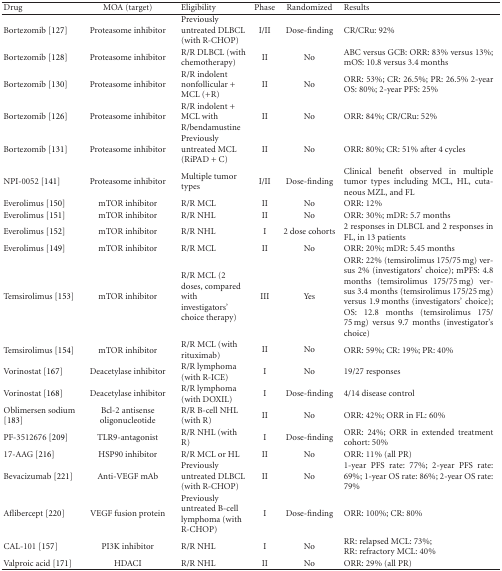
<table><thead><tr><td><b>Drug</b></td><td><b>MOA (target)</b></td><td><b>Eligibility</b></td><td><b>Phase</b></td><td><b>Randomized</b></td><td><b>Results</b></td></tr></thead><tbody><tr><td>Bortezomib [127]</td><td>Proteasome inhibitor</td><td>Previously untreated DLBCL (with R-CHOP)</td><td>I/II</td><td>Dose-finding</td><td>CR/CRu: 92%</td></tr><tr><td>Bortezomib [128]</td><td>Proteasome inhibitor</td><td>R/R DLBCL (with chemotherapy)</td><td>II</td><td>No</td><td>ABC versus GCB: ORR: 83% versus 13%; mOS: 10.8 versus 3.4 months</td></tr><tr><td>Bortezomib [130]</td><td>Proteasome inhibitor</td><td>R/R indolent nonfollicular + MCL (+R)</td><td>II</td><td>No</td><td>ORR: 53%; CR: 26.5%; PR: 26.5% 2-year OS: 80%; 2-year PFS: 25%</td></tr><tr><td>Bortezomib [126]</td><td>Proteasome inhibitor</td><td>R/R indolent + MCL with R/bendamustine</td><td>II</td><td>No</td><td>ORR: 84%; CR/CRu: 52%</td></tr><tr><td>Bortezomib [131]</td><td>Proteasome inhibitor</td><td>Previously untreated MCL (RiPAD + C)</td><td>II</td><td>No</td><td>ORR: 80%; CR: 51% after 4 cycles</td></tr><tr><td>NPI-0052 [141]</td><td>Proteasome inhibitor</td><td>Multiple tumor types</td><td>I/II</td><td>Dose-finding</td><td>Clinical benefit observed in multiple tumor types including MCL, HL, cutaneous MZL, and FL</td></tr><tr><td>Everolimus [150]</td><td>mTOR inhibitor</td><td>R/R MCL</td><td>II</td><td>No</td><td>ORR: 12%</td></tr><tr><td>Everolimus [151]</td><td>mTOR inhibitor</td><td>R/R NHL</td><td>II</td><td>No</td><td>ORR: 30%; mDR: 5.7 months</td></tr><tr><td>Everolimus [152]</td><td>mTOR inhibitor</td><td>R/R NHL</td><td>I</td><td>2 dose cohorts</td><td>2 responses in DLBCL and 2 responses in FL, in 13 patients</td></tr><tr><td>Everolimus [149]</td><td>mTOR inhibitor</td><td>R/R MCL</td><td>II</td><td>No</td><td>ORR: 20%; mDR: 5.45 months</td></tr><tr><td>Temsirolimus [153]</td><td>mTOR inhibitor</td><td>R/R MCL (2 doses, compared with investigators&#x27; choice therapy)</td><td>III</td><td>Yes</td><td>ORR: 22% (temsirolimus 175/75 mg) versus 2% (investigators&#x27; choice); mPFS: 4.8 months (temsirolimus 175/75 mg) versus 3.4 months (temsirolimus 175/25 mg) versus 1.9 months (investigators&#x27; choice); OS: 12.8 months (temsirolimus 175/75 mg) versus 9.7 months (investigator&#x27;s choice)</td></tr><tr><td>Temsirolimus [154]</td><td>mTOR inhibitor</td><td>R/R MCL (with rituximab)</td><td>II</td><td>No</td><td>ORR: 59%; CR: 19%; PR: 40%</td></tr><tr><td>Vorinostat [167]</td><td>Deacetylase inhibitor</td><td>R/R lymphoma (with R-ICE)</td><td>I</td><td>No</td><td>19/27 responses</td></tr><tr><td>Vorinostat [168]</td><td>Deacetylase inhibitor</td><td>R/R lymphoma (with DOXIL)</td><td>I</td><td>Dose-finding</td><td>4/14 disease control</td></tr><tr><td>Oblimersen sodium [183]</td><td>Bcl-2 antisense oligonucleotide</td><td>R/R B-cell NHL (with R)</td><td>II</td><td>No</td><td>ORR: 42%; ORR in FL: 60%</td></tr><tr><td>PF-3512676 [209]</td><td>TLR9-antagonist</td><td>R/R NHL (with R)</td><td>I</td><td>Dose-finding</td><td>ORR: 24%; ORR in extended treatment cohort: 50%</td></tr><tr><td>17-AAG [216]</td><td>HSP90 inhibitor</td><td>R/R MCL or HL</td><td>II</td><td>No</td><td>ORR: 11% (all PR)</td></tr><tr><td>Bevacizumab [221]</td><td>Anti-VEGF mAb</td><td>Previously untreated DLBCL (with R-CHOP)</td><td>II</td><td>No</td><td>1-year PFS rate: 77%; 2-year PFS rate: 69%; 1-year OS rate: 86%; 2-year OS rate: 79%</td></tr><tr><td>Aflibercept [220]</td><td>VEGF fusion protein</td><td>Previously untreated B-cell lymphoma (with R-CHOP)</td><td>I</td><td>Dose-finding</td><td>ORR: 100%; CR: 80%</td></tr><tr><td>CAL-101 [157]</td><td>PI3K inhibitor</td><td>R/R NHL</td><td>I</td><td>No</td><td>RR: relapsed MCL: 73%;RR: refractory MCL: 40%</td></tr><tr><td>Valproic acid [171]</td><td>HDACI</td><td>R/R NHL</td><td>II</td><td>No</td><td>ORR: 29% (all PR)</td></tr></tbody></table>